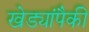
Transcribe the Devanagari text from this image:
खेड्यांपैकी